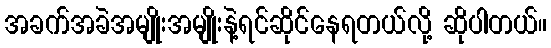
အခက်အခဲအမျိုးအမျိုးနဲ့ရင်ဆိုင်နေရတယ်လို့ ဆိုပါတယ်။